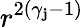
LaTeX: r^{2(\gamma_{\mathbf{j}}-1)}